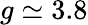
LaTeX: g\simeq 3.8